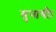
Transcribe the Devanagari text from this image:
सुनायौ।